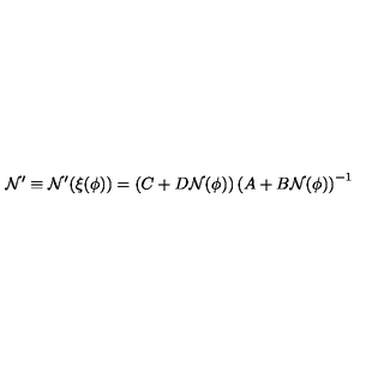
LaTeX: { \cal N } ^ { \prime } \equiv { \cal N } ^ { \prime } ( \xi ( \phi ) ) = \left( C + D { \cal N } ( \phi ) \right) \left( A + B { \cal N } ( \phi ) \right) ^ { - 1 }